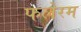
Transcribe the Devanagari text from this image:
फलेरम